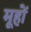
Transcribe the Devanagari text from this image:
मूहों